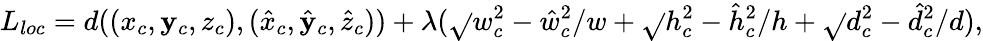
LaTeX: L_{loc}=d((x_{c},\mathbf{y}_{c},z_{c}),(\hat{{x}}_{c},\hat{{\mathbf{y}}}_{c},\hat{{z}}_{c}))+\lambda(\sqrt{}{{w_{c}^{2}-\hat{{w}}_{c}^{2}}}/w+\sqrt{}{{h_{c}^{2}-\hat{{h}}_{c}^{2}}}/h+\sqrt{}{{d_{c}^{2}-\hat{{d}}_{c}^{2}}}/d),